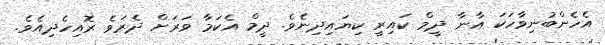
އެހެންބުނިވާހަކަ އާނާ ދީމް ކައިރީ ކިޔައިދިނެވެ. ދީމް އެކަމާ ވަރަށް ދެރަވެ ރޮއިހެދިއެވެ.